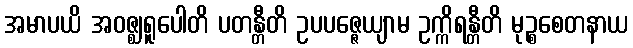
အမာပယိ အဝဇ္ဈရူပေါတိ ပတန္တီတိ ဥပပဇ္ဇေယျာမ ဥက္ကိရန္တီတိ မုဉ္စစေတနာယ